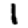
Digit: 1